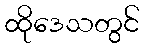
ထိုဒေသတွင်